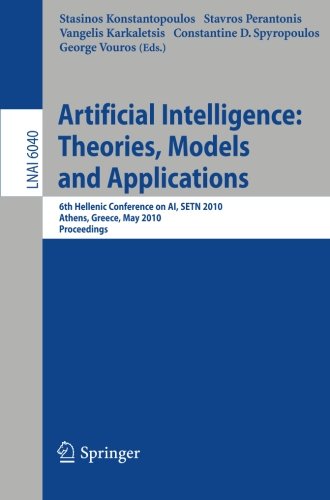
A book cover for Advances in Artificial Intelligence: Theories, Models, and Applications: 6th Hellenic Conference on AI, SETN 2010, Athens, Greece, May 4-7, 2010. ... / Lecture Notes in Artificial Intelligence); Computers & Technology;